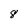
Character: 8